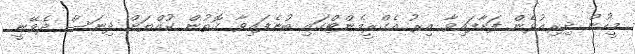
މީހުން ދިރިއުޅެން ފަށާފައިވާ އިރު އެގްރީމެންޓްގައި ބުނެފައިވާ ގޮތުން ކުއްޔަށް ދިނަސް ދެވޭނީ